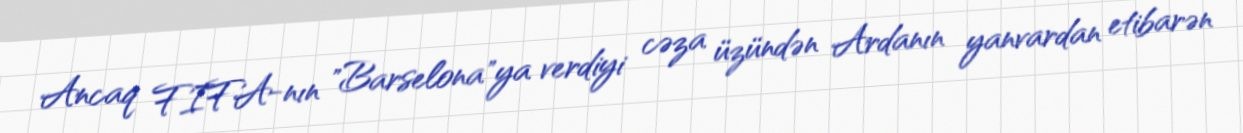
Ancaq FIFA-nın "Barselona"ya verdiyi cəza üzündən Ardanın yanvardan etibarən